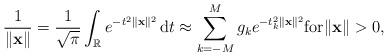
LaTeX: \begin{align*} \frac{1}{\|\mathbf{x}\|} = \frac{1}{\sqrt{\pi}} \int_{\mathbb{R}} e^{- t^2\|\mathbf{x}\|^2} \,\mathrm{d}t \approx \sum_{k=-M}^{M} g_k e^{- t_k^2\|\mathbf{x}\|^2} \mbox{for} \|\mathbf{x}\| > 0,\end{align*}